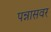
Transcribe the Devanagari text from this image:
पन्नासवर